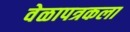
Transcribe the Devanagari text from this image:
वेळापत्रकला